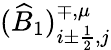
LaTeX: (\widehat B_{1})_{i\pm\frac{1}{2},j}^{\mp,\mu}